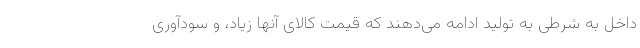
داخل به شرطی به تولید ادامه می‌دهند که قیمت کالای آنها زیاد، و سودآوری